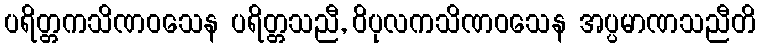
ပရိတ္တကသိဏဝသေန ပရိတ္တသညီ, ဝိပုလကသိဏဝသေန အပ္ပမာဏသညီတိ